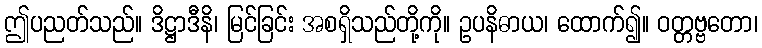
ဤပညတ်သည်။ ဒိဋ္ဌာဒီနိ၊ မြင်ခြင်း အစရှိသည်တို့ကို။ ဥပနိဓာယ၊ ထောက်၍။ ဝတ္တဗ္ဗတော၊